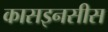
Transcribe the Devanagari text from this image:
कासइनसीस